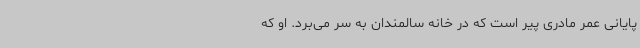
پایانی عمر مادری پیر است که در خانه سالمندان به‌ سر می‌برد. او که